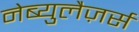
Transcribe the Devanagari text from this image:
नेब्युलैज़र्स